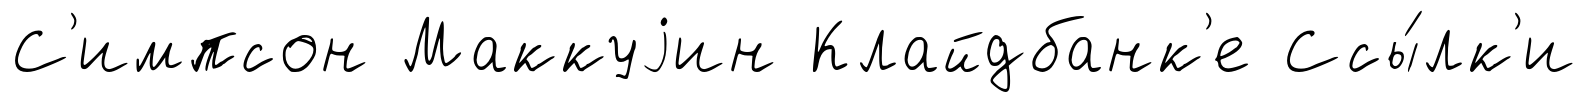
С'импсон Маккуjин Клайдбанк'е Ссы́лк'и